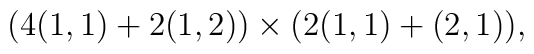
\big( 4(1,1) + 2(1,2) \big) \times \big( 2 (1,1) + (2,1) \big),